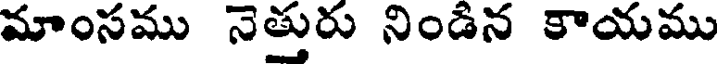
మాంసము నెత్తురు నిండిన కాయము